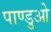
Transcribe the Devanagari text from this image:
पाण्डुओ